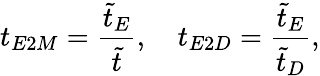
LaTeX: t_{E2M}=\frac{\tilde{t}_{E}}{\tilde{t}},\quad t_{E2D}=\frac{\tilde{t}_{E}}{\tilde{t}_{D}},